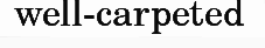
well-carpeted